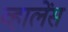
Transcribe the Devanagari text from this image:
व्हालेंस